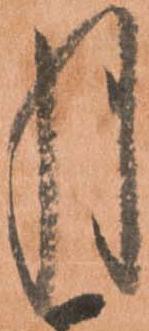
月